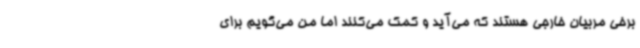
برخی مربیان خارجی هستند که می‌آید و کمک می‌کنند اما من می‌گویم برای